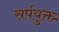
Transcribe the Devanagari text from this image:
सर्पयुक्त